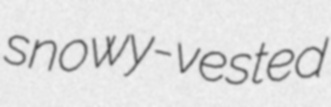
snowy-vested